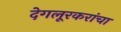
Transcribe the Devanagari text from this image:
देगलूरकरांचा